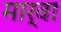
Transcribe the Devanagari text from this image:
मार्वा